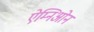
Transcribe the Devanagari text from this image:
ऐम्निओन